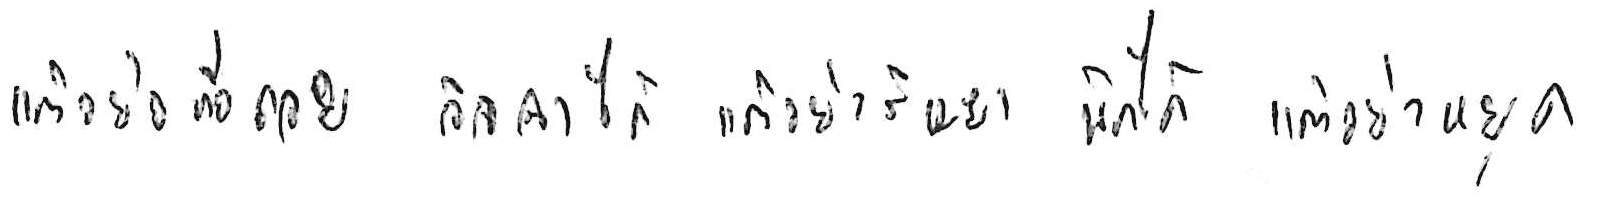
ท้อแท้ได้ แต่อย่าท้อถอย อิจฉาได้ แต่อย่าริษยา พักได้ แต่อย่าหยุด